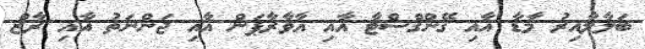
ބަލާލާއިރު މާޑާ އާއި ގޭންގްސްޓާ އާއި އާވާރާޕަން އާއި ޖަންނަތު އާއި ރާޒް